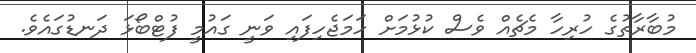
މުބާރާތުގެ ހުރިހާ މެޗެއް ވެސް ކުޅުމަށް ހަމަޖެހިފައި ވަނީ ގައުމީ ފުޓްބޯޅަ ދަނޑުގައެވެ.